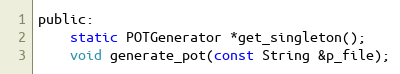
Language: C
public:
	static POTGenerator *get_singleton();
	void generate_pot(const String &p_file);